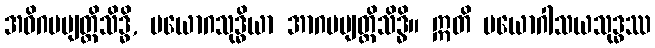
အဓိဂမဗျတ္တိသိဒ္ဓိ, ပယောဂသုဒ္ဓိယာ အာဂမဗျတ္တိသိဒ္ဓိ။ ဣတိ ပယောဂါသယသုဒ္ဓဿ